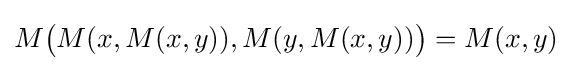
M{\big (}M(x,M(x,y)),M(y,M(x,y)){\big )}=M(x,y)